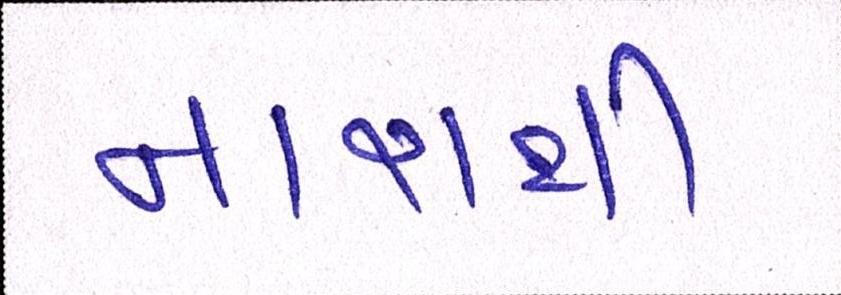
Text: નારાથી